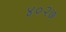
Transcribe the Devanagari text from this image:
४०२७